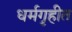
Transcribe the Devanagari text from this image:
धर्मगृहीत